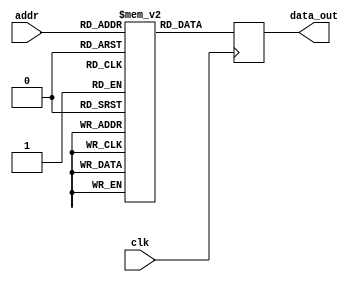
module rom (
    input wire clk,
    input wire [addr_width-1:0] addr,
    output reg [data_width-1:0] data_out
);

parameter mem_size = 2**addr_width;
parameter addr_width = 4; // Define address width
parameter data_width = 8; // Define data width

reg [data_width-1:0] memory [0:mem_size-1];

initial begin
    // Initialize memory contents
    // Insert initialization values for each memory location here
    memory[0] = 8'b00000000;
    memory[1] = 8'b00000001;
    memory[2] = 8'b00000010;
    memory[3] = 8'b00000011;
    // Add more memory initialization values here
end

always @ (posedge clk) begin
    data_out = memory[addr];
end

endmodule